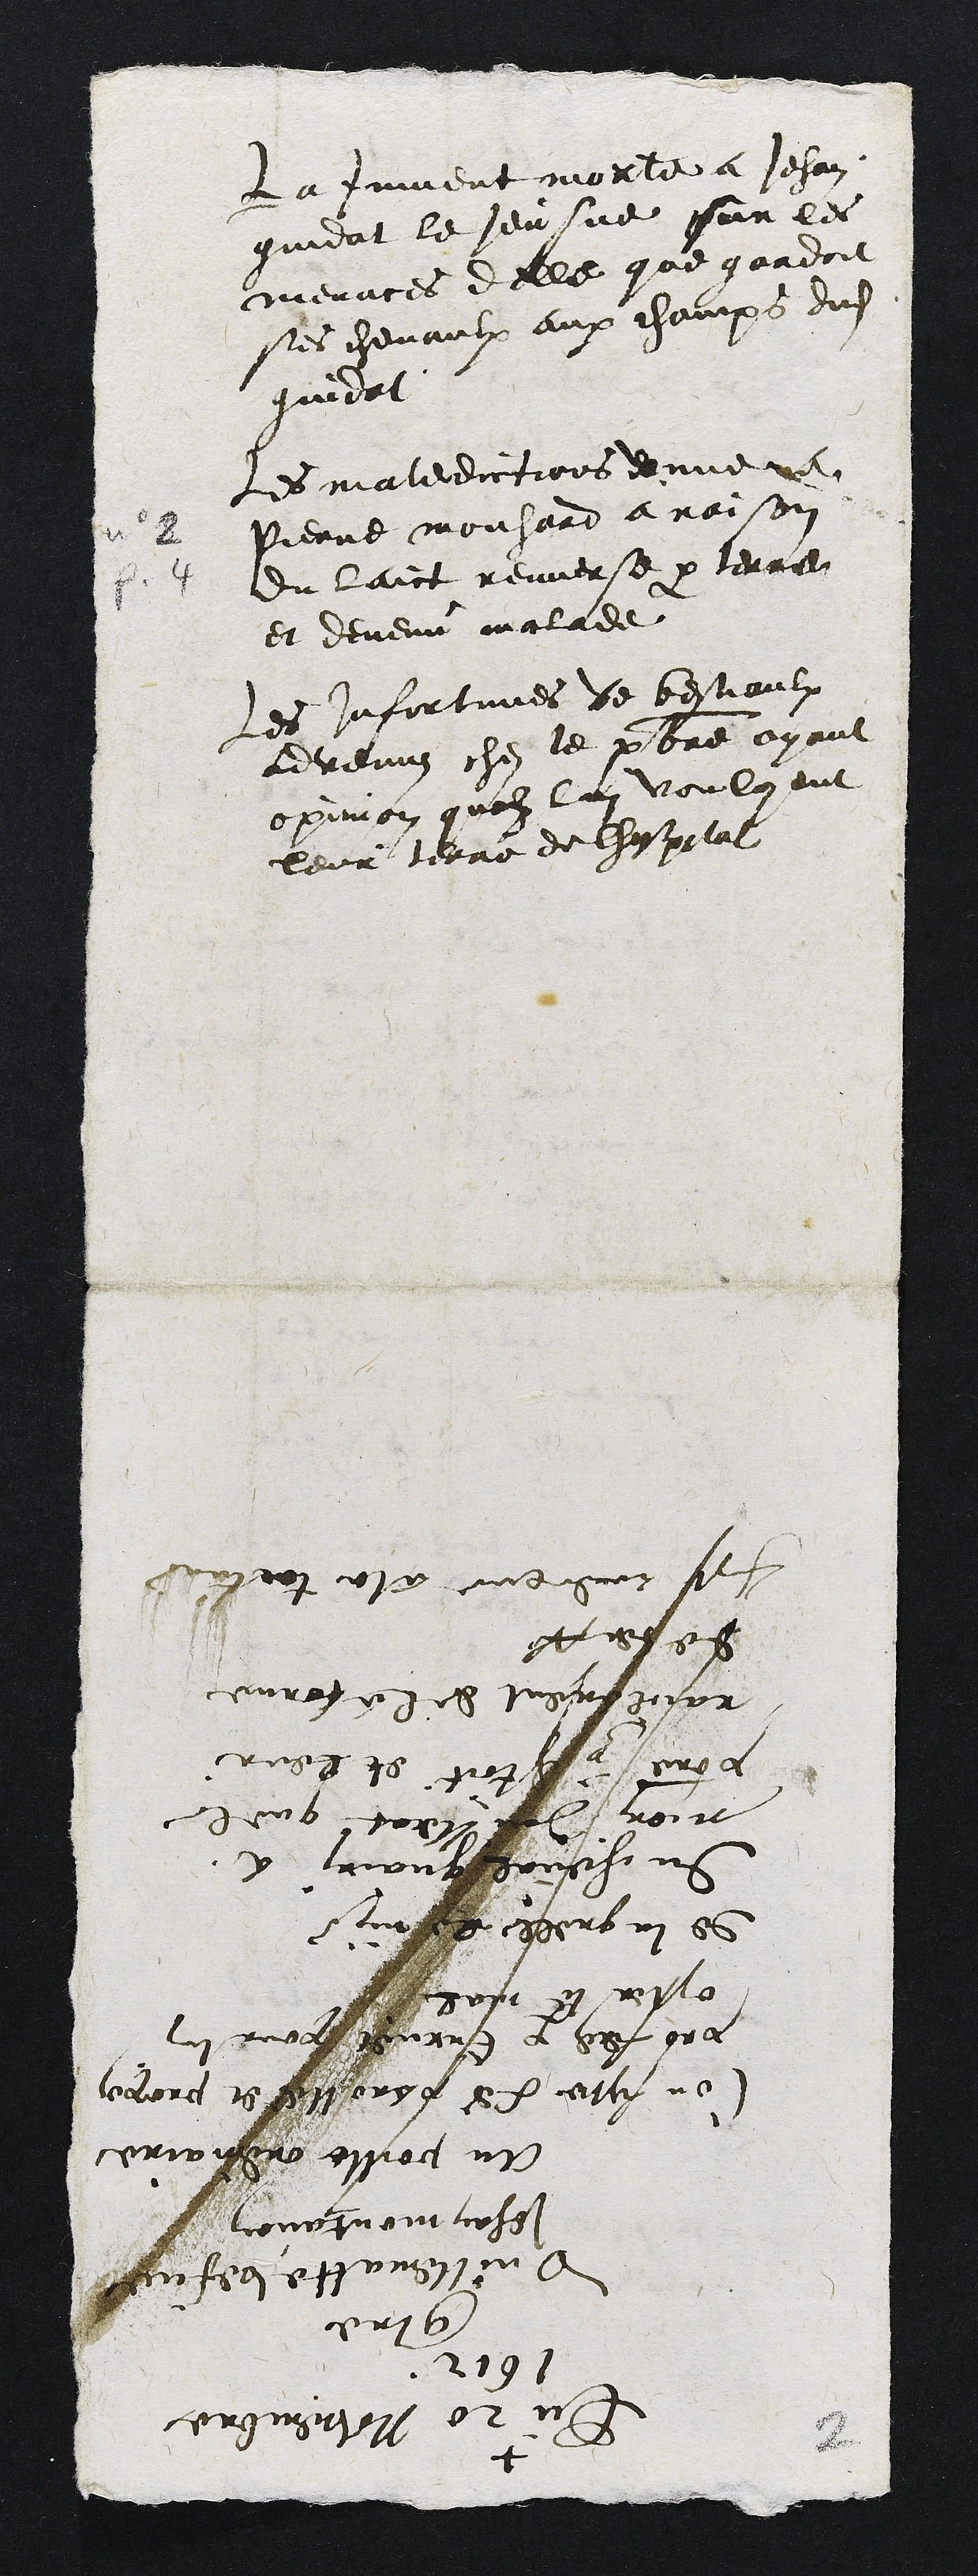
La jument morte a Jehan
quidat le Jeusne sur les
menaces delle que qurdoit
ses chevaulx aux champs dudit
gindat
les maledictions donne
Pierne mouhard a raison
du laict renverse par terre
et devenu malade
Les infortinnes de bestiaulx
advenin ches le prbtre ayant
opinion quon lui vouloyent
leur terre de chespolat
+
Ou 20 Novembre
1612
Contre